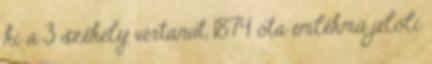
ki a 3 székely vértanút, 1874 óta emlékmű jelöli